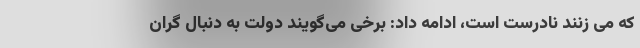
که می زنند نادرست است، ادامه داد: برخی می‌گویند دولت به دنبال گران